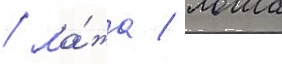
/ ма́жа / лоша